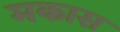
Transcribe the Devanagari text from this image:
मकास